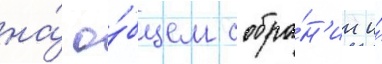
на́ о́бщем собра́н'ии и́